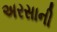
અરસાની